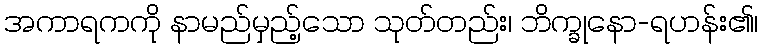
အကာရကကို နာမည်မှည့်သော သုတ်တည်း၊ ဘိက္ခုနော-ရဟန်း၏၊